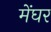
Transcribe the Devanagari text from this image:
मेंघर